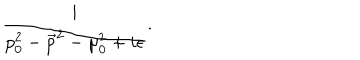
\frac { i } { p _ { 0 } ^ { 2 } - \vec { p } ^ { 2 } - \mu _ { 0 } ^ { 2 } + i \epsilon } .